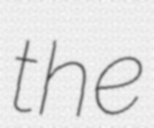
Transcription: the